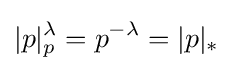
|p|_{p}^{\lambda }=p^{-\lambda }=|p|_{*}